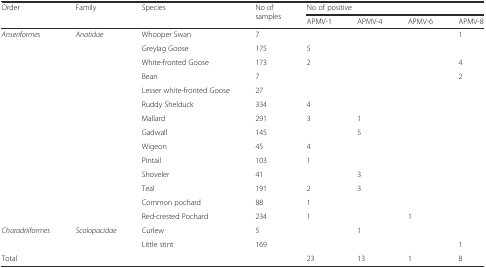
<table><thead><tr><td rowspan="2"><b>Order</b></td><td rowspan="2"><b>Family</b></td><td rowspan="2"><b>Species</b></td><td rowspan="2"><b>No of samples</b></td><td colspan="4"><b>No of positive</b></td></tr><tr><td><b>APMV-1</b></td><td><b>APMV-4</b></td><td><b>APMV-6</b></td><td><b>APMV-8</b></td></tr></thead><tbody><tr><td><i>Anseriformes</i></td><td><i>Anatidae</i></td><td>Whooper Swan</td><td>7</td><td></td><td></td><td></td><td>1</td></tr><tr><td></td><td></td><td>Greylag Goose</td><td>175</td><td>5</td><td></td><td></td><td></td></tr><tr><td></td><td></td><td>White-fronted Goose</td><td>173</td><td>2</td><td></td><td></td><td>4</td></tr><tr><td></td><td></td><td>Bean</td><td>7</td><td></td><td></td><td></td><td>2</td></tr><tr><td></td><td></td><td>Lesser white-fronted Goose</td><td>27</td><td></td><td></td><td></td><td></td></tr><tr><td></td><td></td><td>Ruddy Shelduck</td><td>334</td><td>4</td><td></td><td></td><td></td></tr><tr><td></td><td></td><td>Mallard</td><td>291</td><td>3</td><td>1</td><td></td><td></td></tr><tr><td></td><td></td><td>Gadwall</td><td>145</td><td></td><td>5</td><td></td><td></td></tr><tr><td></td><td></td><td>Wigeon</td><td>45</td><td>4</td><td></td><td></td><td></td></tr><tr><td></td><td></td><td>Pintail</td><td>103</td><td>1</td><td></td><td></td><td></td></tr><tr><td></td><td></td><td>Shoveler</td><td>41</td><td></td><td>3</td><td></td><td></td></tr><tr><td></td><td></td><td>Teal</td><td>191</td><td>2</td><td>3</td><td></td><td></td></tr><tr><td></td><td></td><td>Common pochard</td><td>88</td><td>1</td><td></td><td></td><td></td></tr><tr><td></td><td></td><td>Red-crested Pochard</td><td>234</td><td>1</td><td></td><td>1</td><td></td></tr><tr><td><i>Charadriiformes</i></td><td><i>Scolopacidae</i></td><td>Curlew</td><td>5</td><td></td><td>1</td><td></td><td></td></tr><tr><td></td><td></td><td>Little stint</td><td>169</td><td></td><td></td><td></td><td>1</td></tr><tr><td>Total</td><td></td><td></td><td></td><td>23</td><td>13</td><td>1</td><td>8</td></tr></tbody></table>